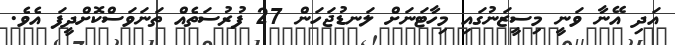
އަދި އޭނާ ވަނީ މިސީޒަނުގައި މިހާޓަނަށް ލަނޑުޖަހަން 27 ފުރުސަތެއް ތަނަވަސްކޮށްދީފަ އެވެ.